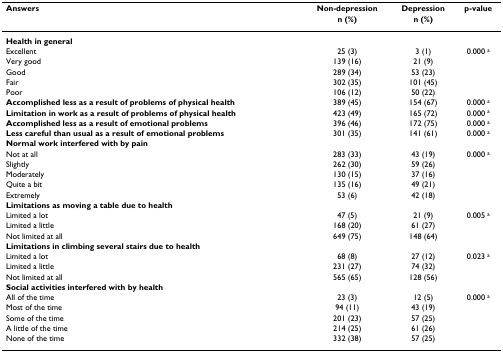
<table><thead><tr><td><b>Answers</b></td><td><b>Non-depression</b></td><td><b>Depression</b></td><td><b>p-value</b></td></tr><tr><td></td><td><b>n (%)</b></td><td><b>n (%)</b></td><td></td></tr></thead><tbody><tr><td><b>Health in general</b></td><td></td><td></td><td></td></tr><tr><td>Excellent</td><td>25 (3)</td><td>3 (1)</td><td>0.000 <sup>a</sup></td></tr><tr><td>Very good</td><td>139 (16)</td><td>21 (9)</td><td></td></tr><tr><td>Good</td><td>289 (34)</td><td>53 (23)</td><td></td></tr><tr><td>Fair</td><td>302 (35)</td><td>101 (45)</td><td></td></tr><tr><td>Poor</td><td>106 (12)</td><td>50 (22)</td><td></td></tr><tr><td><b>Accomplished less as a result of problems of physical health</b></td><td>389 (45)</td><td>154 (67)</td><td>0.000 <sup>a</sup></td></tr><tr><td><b>Limitation in work as a result of problems of physical health</b></td><td>423 (49)</td><td>165 (72)</td><td>0.000 <sup>a</sup></td></tr><tr><td><b>Accomplished less as a result of emotional problems</b></td><td>396 (46)</td><td>172 (75)</td><td>0.000 <sup>a</sup></td></tr><tr><td><b>Less careful than usual as a result of emotional problems</b></td><td>301 (35)</td><td>141 (61)</td><td>0.000 <sup>a</sup></td></tr><tr><td><b>Normal work interfered with by pain</b></td><td></td><td></td><td></td></tr><tr><td>Not at all</td><td>283 (33)</td><td>43 (19)</td><td>0.000 <sup>a</sup></td></tr><tr><td>Slightly</td><td>262 (30)</td><td>59 (26)</td><td></td></tr><tr><td>Moderately</td><td>130 (15)</td><td>37 (16)</td><td></td></tr><tr><td>Quite a bit</td><td>135 (16)</td><td>49 (21)</td><td></td></tr><tr><td>Extremely</td><td>53 (6)</td><td>42 (18)</td><td></td></tr><tr><td><b>Limitations as moving a table due to health</b></td><td></td><td></td><td></td></tr><tr><td>Limited a lot</td><td>47 (5)</td><td>21 (9)</td><td>0.005 <sup>a</sup></td></tr><tr><td>Limited a little</td><td>168 (20)</td><td>61 (27)</td><td></td></tr><tr><td>Not limited at all</td><td>649 (75)</td><td>148 (64)</td><td></td></tr><tr><td><b>Limitations in climbing several stairs due to health</b></td><td></td><td></td><td></td></tr><tr><td>Limited a lot</td><td>68 (8)</td><td>27 (12)</td><td>0.023 <sup>a</sup></td></tr><tr><td>Limited a little</td><td>231 (27)</td><td>74 (32)</td><td></td></tr><tr><td>Not limited at all</td><td>565 (65)</td><td>128 (56)</td><td></td></tr><tr><td><b>Social activities interfered with by health</b></td><td></td><td></td><td></td></tr><tr><td>All of the time</td><td>23 (3)</td><td>12 (5)</td><td>0.000 <sup>a</sup></td></tr><tr><td>Most of the time</td><td>94 (11)</td><td>43 (19)</td><td></td></tr><tr><td>Some of the time</td><td>201 (23)</td><td>57 (25)</td><td></td></tr><tr><td>A little of the time</td><td>214 (25)</td><td>61 (26)</td><td></td></tr><tr><td>None of the time</td><td>332 (38)</td><td>57 (25)</td><td></td></tr></tbody></table>